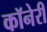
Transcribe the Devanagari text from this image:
कॉनेरी